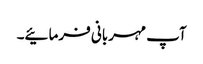
آپ مہربانی فرمائیے۔